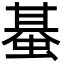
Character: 蜝